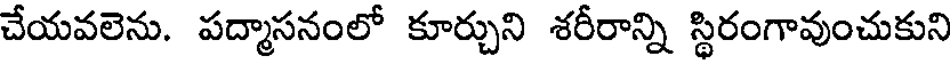
చేయవలెను. పద్మాసనంలో కూర్చుని శరీరాన్ని స్థిరంగావుంచుకుని